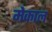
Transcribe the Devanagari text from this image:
मेकाल